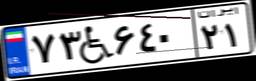
۶۶W۵۴۳۲۰